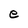
Character: e